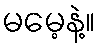
မမေ့နဲ့။